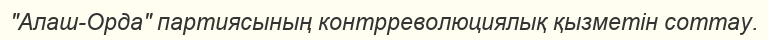
"Алаш-Орда" партиясының контрреволюциялық қызметін соттау.